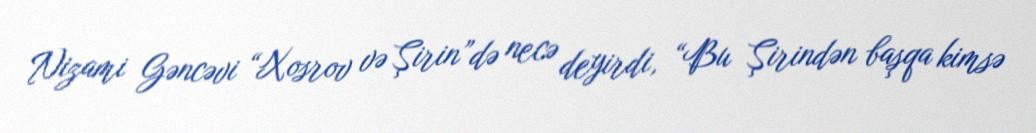
Nizami Gəncəvi “Xosrov və Şirin”də necə deyirdi, “Bu Şirindən başqa kimsə